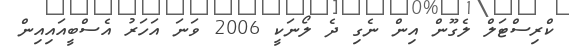
ކްރިސްޓަލް ލެގޫން އިން ނެގި ދެ ލޯނަކީ 2006 ވަނަ އަހަރު އެސްބީއައިއިން